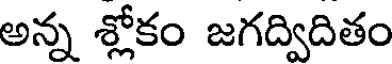
అన్న శ్లోకం జగద్విదితం